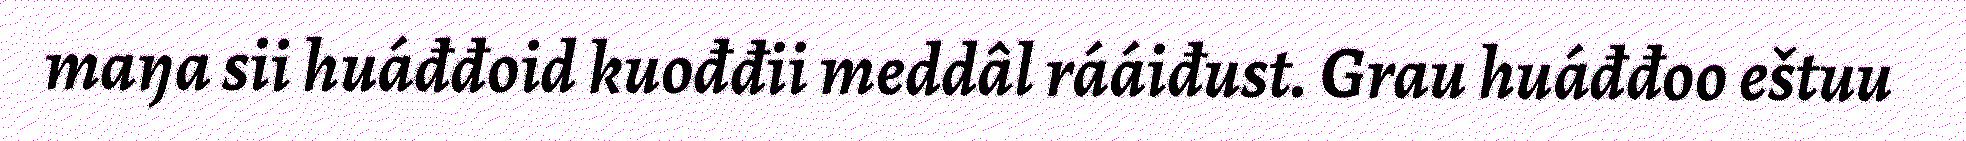
maŋa sii huáđđoid kuođđii meddâl rááiđust. Grau huáđđoo eštuu